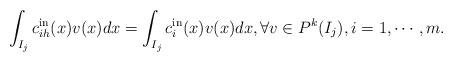
LaTeX: \begin{align*}\int_{I_j} c_{ih}^{\rm in}(x) v(x)dx=\int_{I_j} c_{i}^{\rm in}(x)v(x)dx, \forall v\in P^k(I_j), i=1, \cdots, m.\end{align*}